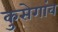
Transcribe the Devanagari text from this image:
कुसेगांव